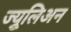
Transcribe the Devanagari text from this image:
ज्युूलिअन